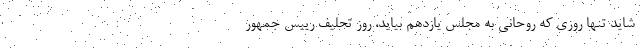
شاید تنها روزی که روحانی به مجلس یازدهم بیاید، روز تحلیف رییس جمهور